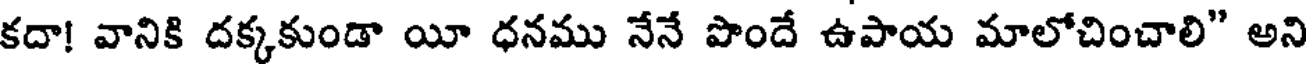
కదా! వానికి దక్కకుండా యీ ధనము నేనే పొందే ఉపాయ మాలోచించాలి" అని